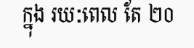
ក្នុង រយៈពេល តែ ២០